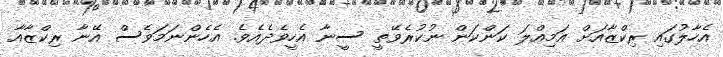
އެހާލުގައި ރިކްޒާއަށް އަމިއްލަ ކަންކަން ނުކުރެވޭތީ ސީނާ އެހީވެދެއެވެ. އެހެންނަމަވެސް އޭނާ ރިކްޒާއާ